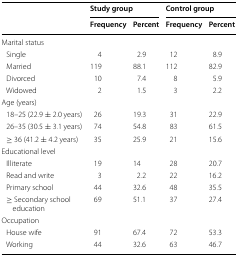
<table><thead><tr><td rowspan="2"></td><td colspan="2"><b>Study group</b></td><td colspan="2"><b>Control group</b></td></tr><tr><td><b>Frequency</b></td><td><b>Percent</b></td><td><b>Frequency</b></td><td><b>Percent</b></td></tr></thead><tbody><tr><td colspan="5">Marital status</td></tr><tr><td> Single</td><td>4</td><td>2.9</td><td>12</td><td>8.9</td></tr><tr><td> Married</td><td>119</td><td>88.1</td><td>112</td><td>82.9</td></tr><tr><td> Divorced</td><td>10</td><td>7.4</td><td>8</td><td>5.9</td></tr><tr><td> Widowed</td><td>2</td><td>1.5</td><td>3</td><td>2.2</td></tr><tr><td colspan="5">Age (years)</td></tr><tr><td> 18–25 (22.9 ± 2.0 years)</td><td>26</td><td>19.3</td><td>31</td><td>22.9</td></tr><tr><td> 26–35 (30.5 ± 3.1 years)</td><td>74</td><td>54.8</td><td>83</td><td>61.5</td></tr><tr><td> ≥ 36 (41.2 ± 4.2 years)</td><td>35</td><td>25.9</td><td>21</td><td>15.6</td></tr><tr><td colspan="5">Educational level</td></tr><tr><td> Illiterate</td><td>19</td><td>14</td><td>28</td><td>20.7</td></tr><tr><td> Read and write</td><td>3</td><td>2.2</td><td>22</td><td>16.2</td></tr><tr><td> Primary school</td><td>44</td><td>32.6</td><td>48</td><td>35.5</td></tr><tr><td> ≥ Secondary school education</td><td>69</td><td>51.1</td><td>37</td><td>27.4</td></tr><tr><td colspan="5">Occupation</td></tr><tr><td> House wife</td><td>91</td><td>67.4</td><td>72</td><td>53.3</td></tr><tr><td> Working</td><td>44</td><td>32.6</td><td>63</td><td>46.7</td></tr></tbody></table>